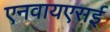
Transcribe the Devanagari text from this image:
एनवायएसई